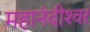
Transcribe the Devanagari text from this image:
महानंदीश्‍वर